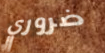
ضروري